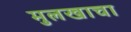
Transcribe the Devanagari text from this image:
मुलखाचा